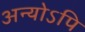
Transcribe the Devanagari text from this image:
अन्योऽपि